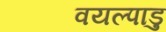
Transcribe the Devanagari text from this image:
वयल्पाडु